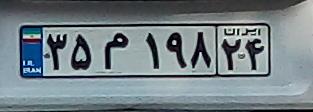
۳۵م۱۹۸۳۴